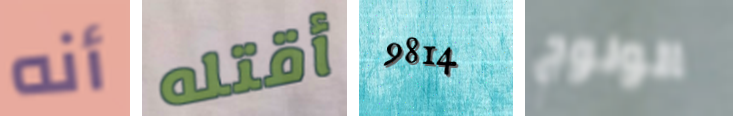
أنه أقتله 9814 الولوج